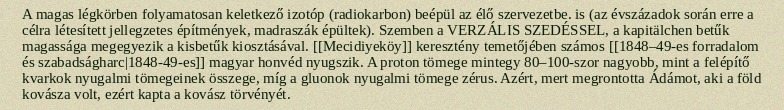
A magas légkörben folyamatosan keletkező izotóp (radiokarbon) beépül az élő szervezetbe. is (az évszázadok során erre a célra létesített jellegzetes építmények, madraszák épültek). Szemben a VERZÁLIS SZEDÉSSEL, a kapitälchen betűk magassága megegyezik a kisbetűk kiosztásával. [[Mecidiyeköy]] keresztény temetőjében számos [[1848–49-es forradalom és szabadságharc|1848-49-es]] magyar honvéd nyugszik. A proton tömege mintegy 80–100-szor nagyobb, mint a felépítő kvarkok nyugalmi tömegeinek összege, míg a gluonok nyugalmi tömege zérus. Azért, mert megrontotta Ádámot, aki a föld kovásza volt, ezért kapta a kovász törvényét.